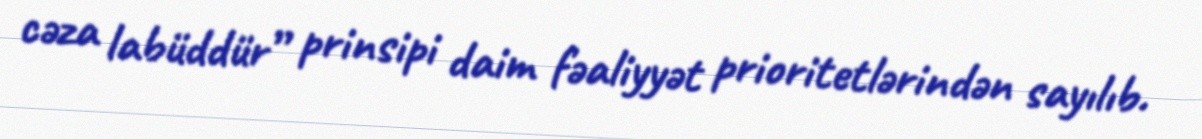
cəza labüddür” prinsipi daim fəaliyyət prioritetlərindən sayılıb.